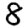
Digit: 8